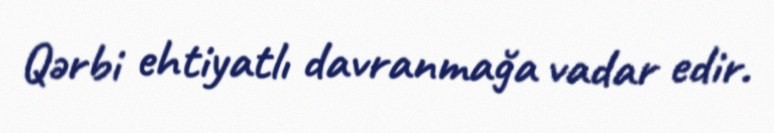
Qərbi ehtiyatlı davranmağa vadar edir.